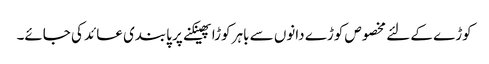
کوڑے کے لئے مخصوص کوڑے دانوں سے باہر کوڑا پھینکنے پر پابندی عائد کی جائے۔